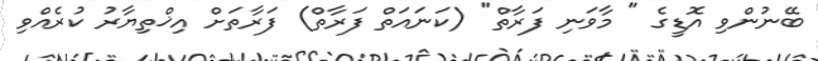
ބޭނުންވި އޮޑީގެ " މާވަނި ފަރާތް" (ކަނައަތް ފަރާތް) ފަރާތަށް އިޚްތިޔާރު ކުރެއްވި